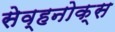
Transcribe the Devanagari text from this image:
सेव्हनोक्स